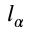
l _ { \alpha }